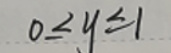
\[
0\leq y\leq1
\]